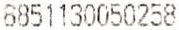
8851130050258